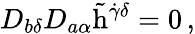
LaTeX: D_{b\delta}D_{a\alpha}\tilde{\mathrm{h}}^{\dot{\gamma}\delta}=0\, ,